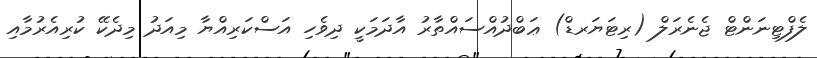
ލެފްޓިނަންޓް ޖެނެރަލް (ރިޓަަޔަރޑް) ޢަބްދުއްސައްތާރު އާދަމަކީ ދިވެހި އަސްކަރިއްޔާ މިއަދު މިދެކޭ ކުރިއެރުމާއި